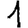
Digit: 1